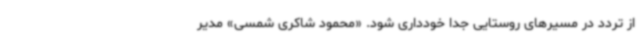
از تردد در مسیرهای روستایی جداً خودداری شود. «محمود شاکری شمسی» مدیر